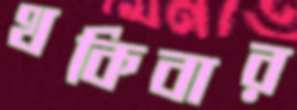
থকিবার